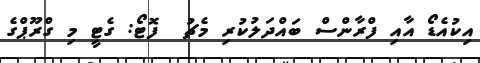
އިކުއެޑޯ އާއި ފްރާންސް ބައްދަލުކުރި މެޗު  ފޮޓޯ: ގެޓީ މި ގްރޫޕްގެ